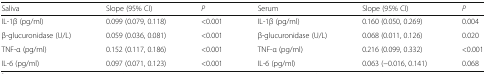
<table><thead><tr><td><b>Saliva</b></td><td><b>Slope (95% CI)</b></td><td><b><i>P</i></b></td><td><b>Serum</b></td><td><b>Slope (95% CI)</b></td><td><b><i>P</i></b></td></tr></thead><tbody><tr><td>IL-1β (pg/ml)</td><td>0.099 (0.079, 0.118)</td><td>&lt;0.001</td><td>IL-1β (pg/ml)</td><td>0.160 (0.050, 0.269)</td><td>0.004</td></tr><tr><td>β-glucuronidase (U/L)</td><td>0.059 (0.036, 0.081)</td><td>&lt;0.001</td><td>β-glucuronidase (U/L)</td><td>0.068 (0.011, 0.126)</td><td>0.020</td></tr><tr><td>TNF-α (pg/ml)</td><td>0.152 (0.117, 0.186)</td><td>&lt;0.001</td><td>TNF-α (pg/ml)</td><td>0.216 (0.099, 0.332)</td><td>&lt;0.001</td></tr><tr><td>IL-6 (pg/ml)</td><td>0.097 (0.071, 0.123)</td><td>&lt;0.001</td><td>IL-6 (pg/ml)</td><td>0.063 (−0.016, 0.141)</td><td>0.068</td></tr></tbody></table>